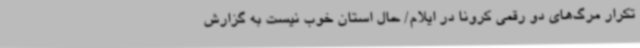
تکرار مرگ‌های دو رقمی کرونا در ایلام/ حال استان خوب نیست به گزارش